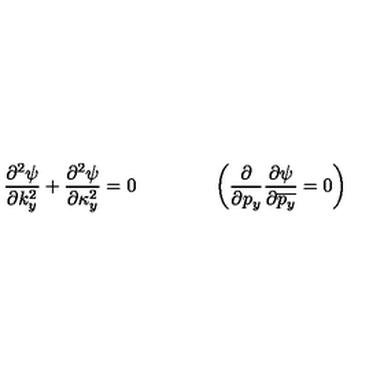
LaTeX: { \frac { \partial ^ { 2 } \psi } { \partial k _ { y } ^ { 2 } } } + { \frac { \partial ^ { 2 } \psi } { \partial \kappa _ { y } ^ { 2 } } } = 0 \qquad \qquad \left( { \frac { \partial } { \partial p _ { y } } } { \frac { \partial \psi } { \partial \overline { { p _ { y } } } } } = 0 \right)